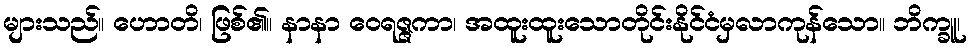
များသည်။ ဟောတိ၊ ဖြစ်၏။ နာနာ ဝေရဇ္ဇကာ၊ အထူးထူးသောတိုင်းနိုင်ငံမှလာကုန်သော။ ဘိက္ခူ၊